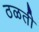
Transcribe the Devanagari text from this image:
ठळती